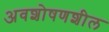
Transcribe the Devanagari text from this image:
अवशोषणशील